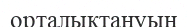
орталықтануын